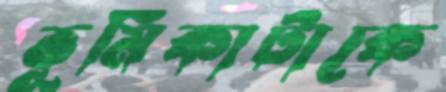
ভূমিকাটাকে